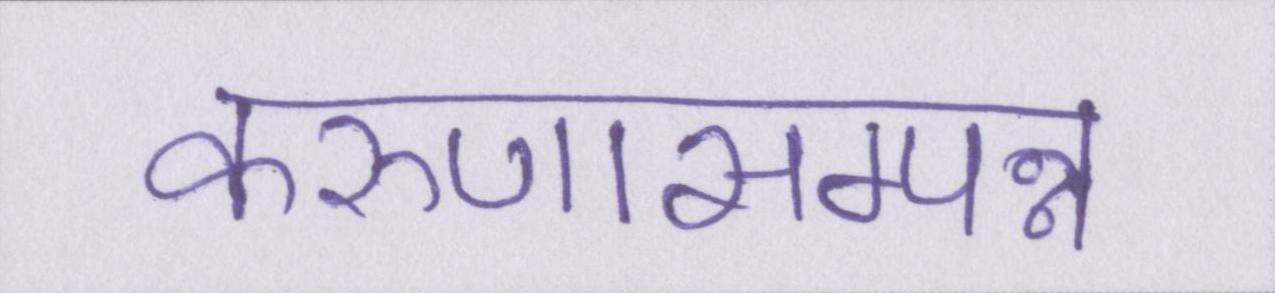
करुणासम्पन्न